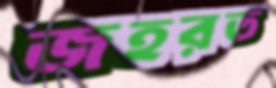
জহরত